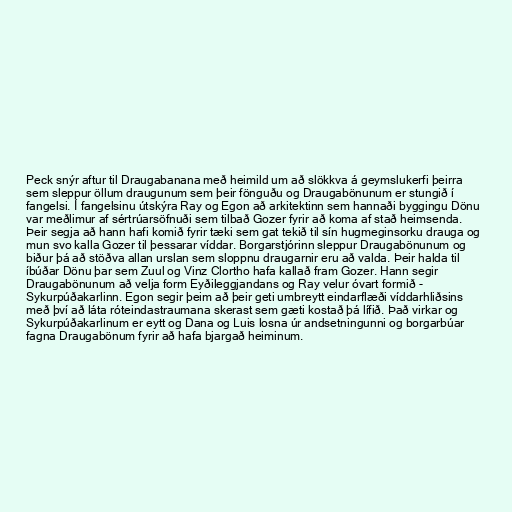
Peck snýr aftur til Draugabanana með heimild um að slökkva á geymslukerfi þeirra
sem sleppur öllum draugunum sem þeir fönguðu og Draugabönunum er stungið í
fangelsi. Í fangelsinu útskýra Ray og Egon að arkitektinn sem hannaði byggingu Dönu
var meðlimur af sértrúarsöfnuði sem tilbað Gozer fyrir að koma af stað heimsenda.
Þeir segja að hann hafi komið fyrir tæki sem gat tekið til sín hugmeginsorku drauga og
mun svo kalla Gozer til þessarar víddar. Borgarstjórinn sleppur Draugabönunum og
biður þá að stöðva allan urslan sem sloppnu draugarnir eru að valda. Þeir halda til
íbúðar Dönu þar sem Zuul og Vinz Clortho hafa kallað fram Gozer. Hann segir
Draugabönunum að velja form Eyðileggjandans og Ray velur óvart formið -
Sykurpúðakarlinn. Egon segir þeim að þeir geti umbreytt eindarflæði víddarhliðsins
með því að láta róteindastraumana skerast sem gæti kostað þá lífið. Það virkar og
Sykurpúðakarlinum er eytt og Dana og Luis losna úr andsetningunni og borgarbúar
fagna Draugabönum fyrir að hafa bjargað heiminum.